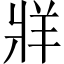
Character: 牂